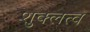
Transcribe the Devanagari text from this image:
शुक्लत्व